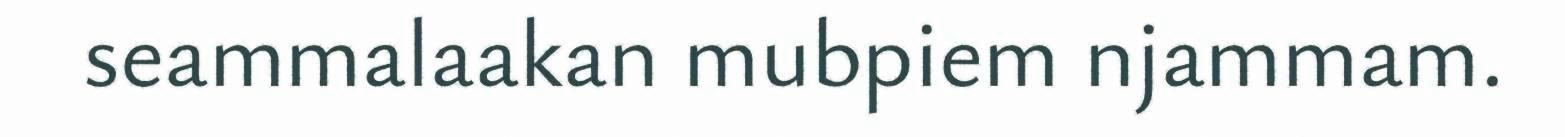
seammalaakan mubpiem njammam.